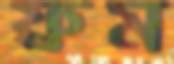
ফ্রম